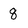
Character: q